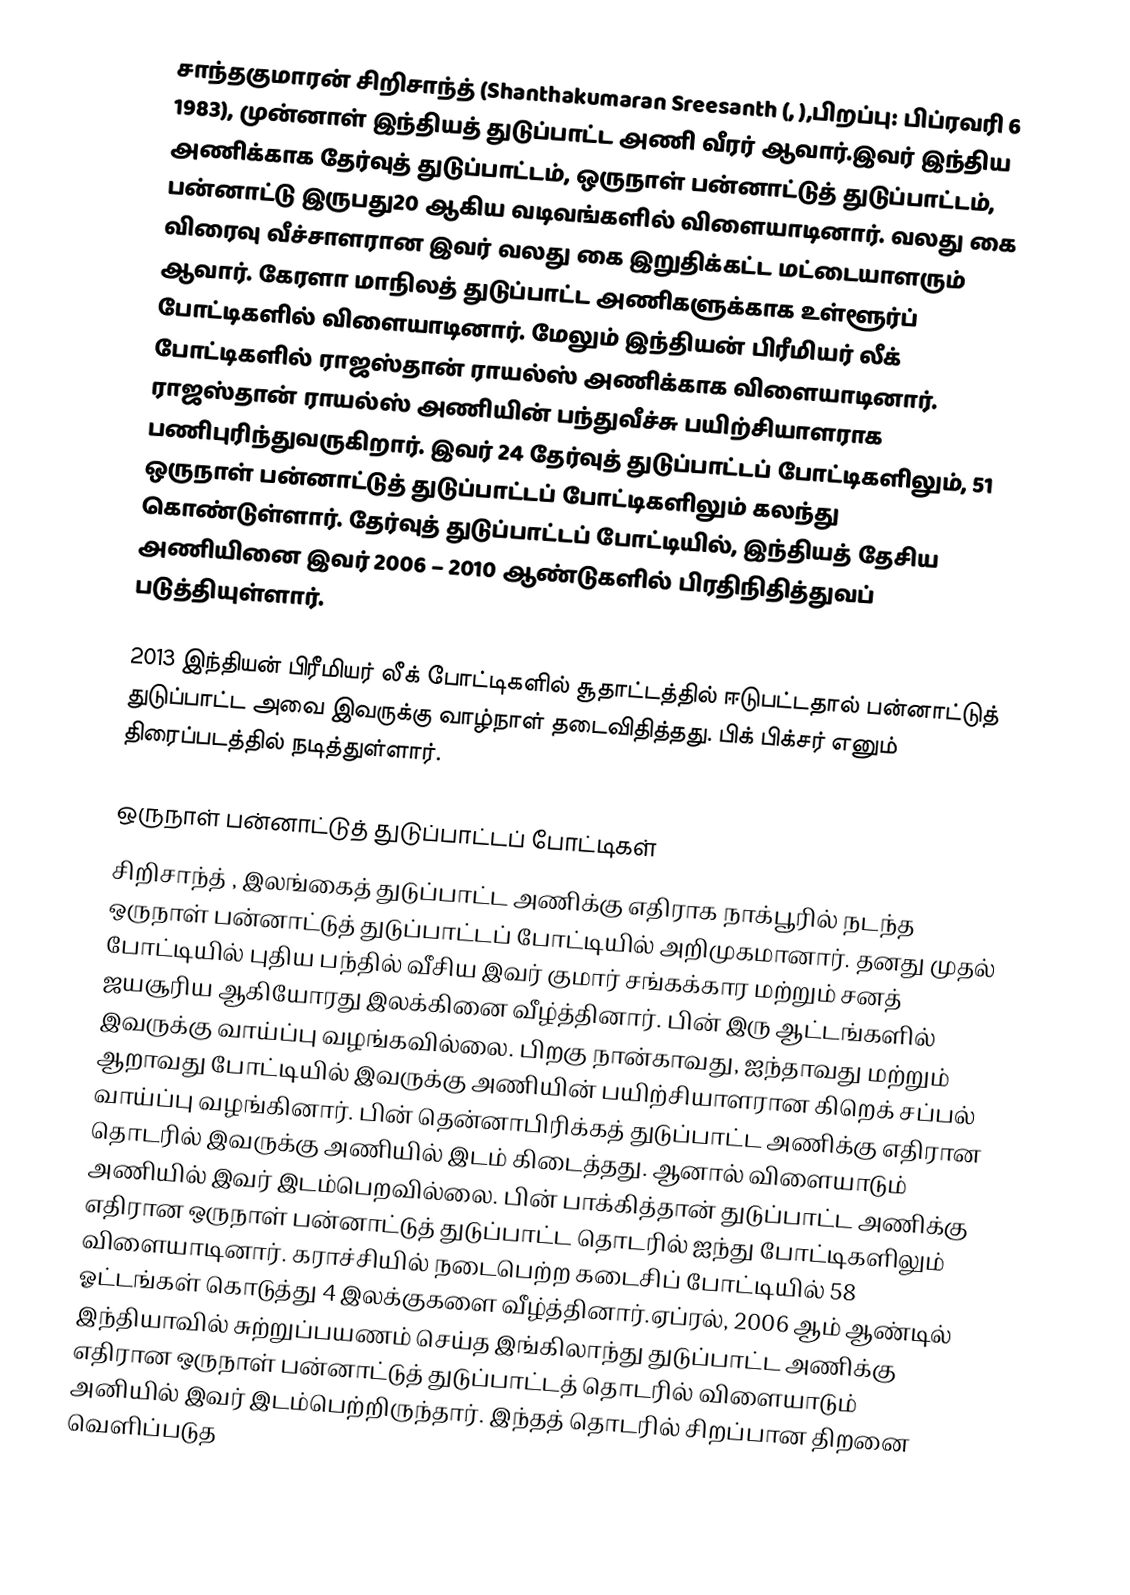
சாந்தகுமாரன் சிறிசாந்த் (Shanthakumaran Sreesanth (, ),பிறப்பு: பிப்ரவரி 6 1983), முன்னாள் இந்தியத் துடுப்பாட்ட அணி வீரர் ஆவார்.இவர் இந்திய அணிக்காக தேர்வுத் துடுப்பாட்டம், ஒருநாள் பன்னாட்டுத் துடுப்பாட்டம், பன்னாட்டு இருபது20 ஆகிய வடிவங்களில் விளையாடினார். வலது கை விரைவு வீச்சாளரான இவர் வலது கை இறுதிக்கட்ட மட்டையாளரும் ஆவார். கேரளா மாநிலத் துடுப்பாட்ட அணிகளுக்காக உள்ளூர்ப் போட்டிகளில் விளையாடினார். மேலும் இந்தியன் பிரீமியர் லீக் போட்டிகளில் ராஜஸ்தான் ராயல்ஸ் அணிக்காக விளையாடினார். ராஜஸ்தான் ராயல்ஸ் அணியின் பந்துவீச்சு பயிற்சியாளராக பணிபுரிந்துவருகிறார். இவர் 24 தேர்வுத் துடுப்பாட்டப் போட்டிகளிலும், 51 ஒருநாள் பன்னாட்டுத் துடுப்பாட்டப் போட்டிகளிலும் கலந்து கொண்டுள்ளார். தேர்வுத் துடுப்பாட்டப் போட்டியில், இந்தியத் தேசிய அணியினை இவர் 2006 – 2010 ஆண்டுகளில் பிரதிநிதித்துவப் படுத்தியுள்ளார்.

2013 இந்தியன் பிரீமியர் லீக் போட்டிகளில் சூதாட்டத்தில் ஈடுபட்டதால் பன்னாட்டுத் துடுப்பாட்ட அவை இவருக்கு வாழ்நாள் தடைவிதித்தது. பிக் பிக்சர் எனும் திரைப்படத்தில் நடித்துள்ளார்.

ஒருநாள் பன்னாட்டுத் துடுப்பாட்டப் போட்டிகள்
சிறிசாந்த் , இலங்கைத் துடுப்பாட்ட அணிக்கு எதிராக நாக்பூரில் நடந்த ஒருநாள் பன்னாட்டுத் துடுப்பாட்டப் போட்டியில் அறிமுகமானார். தனது முதல் போட்டியில் புதிய பந்தில் வீசிய இவர்  குமார் சங்கக்கார மற்றும் சனத் ஜயசூரிய ஆகியோரது இலக்கினை வீழ்த்தினார். பின் இரு ஆட்டங்களில் இவருக்கு வாய்ப்பு வழங்கவில்லை. பிறகு நான்காவது, ஐந்தாவது மற்றும் ஆறாவது போட்டியில் இவருக்கு அணியின் பயிற்சியாளரான கிறெக் சப்பல் வாய்ப்பு வழங்கினார். பின் தென்னாபிரிக்கத் துடுப்பாட்ட அணிக்கு எதிரான தொடரில் இவருக்கு  அணியில் இடம் கிடைத்தது. ஆனால் விளையாடும் அணியில் இவர் இடம்பெறவில்லை. பின் பாக்கித்தான் துடுப்பாட்ட அணிக்கு  எதிரான ஒருநாள் பன்னாட்டுத் துடுப்பாட்ட தொடரில் ஐந்து  போட்டிகளிலும் விளையாடினார். கராச்சியில் நடைபெற்ற கடைசிப் போட்டியில் 58 ஓட்டங்கள் கொடுத்து 4 இலக்குகளை வீழ்த்தினார்.ஏப்ரல், 2006 ஆம் ஆண்டில் இந்தியாவில் சுற்றுப்பயணம் செய்த இங்கிலாந்து துடுப்பாட்ட அணிக்கு எதிரான ஒருநாள் பன்னாட்டுத் துடுப்பாட்டத் தொடரில் விளையாடும் அனியில் இவர் இடம்பெற்றிருந்தார். இந்தத் தொடரில் சிறப்பான திறனை வெளிப்படுத